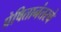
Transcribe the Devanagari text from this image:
प्रेषितानंतरचे